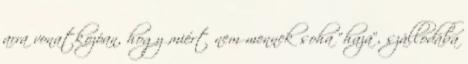
arra vonatkozóan, hogy miért nem mennek soha “haza”, szállodába